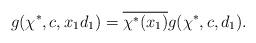
LaTeX: \begin{align*}g(\chi^*,c,x_1d_1) = \overline{\chi^*(x_1)} g(\chi^*,c,d_1).\end{align*}